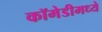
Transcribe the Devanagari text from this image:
कॉमेडीमध्ये